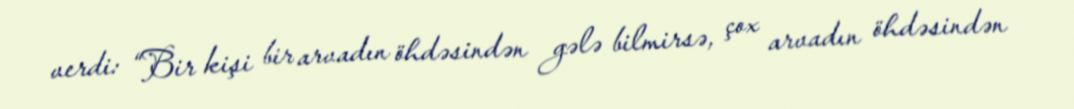
verdi: “Bir kişi bir arvadın öhdəsindən gələ bilmirsə, çox arvadın öhdəsindən